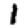
Digit: 1